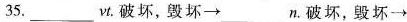
35.___vt. 破坏，毁坏\rightarrow___ n. 破坏，毁坏\rightarrow